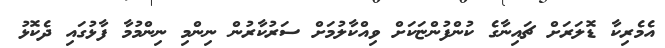
އެމެރިކާ ޑޮލަރަށް ޗައިނާގެ ކުންފުންޏަކަށް ވިއްކާލުމަށް ސަރުކާރުން ނިންމި ނިންމުމާ ފާޅުގައި ދެކޮޅު